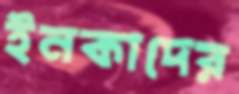
ইনকাদের